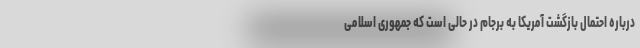
درباره احتمال بازگشت آمریکا به برجام در حالی است که جمهوری اسلامی